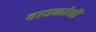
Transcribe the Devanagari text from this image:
वाघळांची